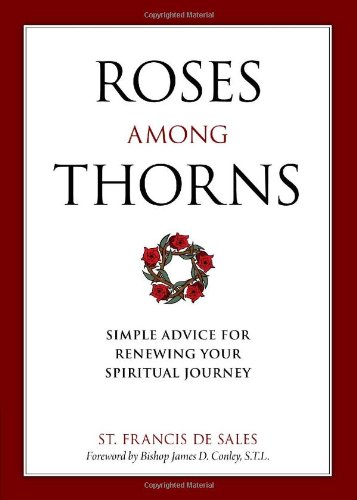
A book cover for Roses Among Thorns; St. Francis de Sales; Christian Books & Bibles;